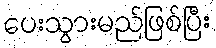
ပေးသွားမည်ဖြစ်ပြီး